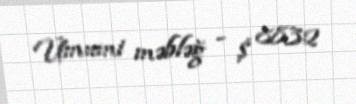
Ümumi məbləğ - $ 8832